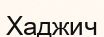
Хаджич